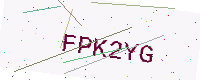
Text: FPK2YG